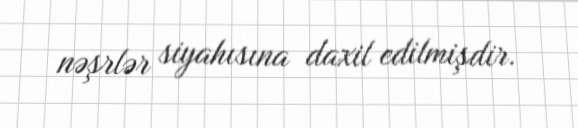
nəşrlər siyahısına daxil edilmişdir.